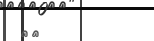
٧٨